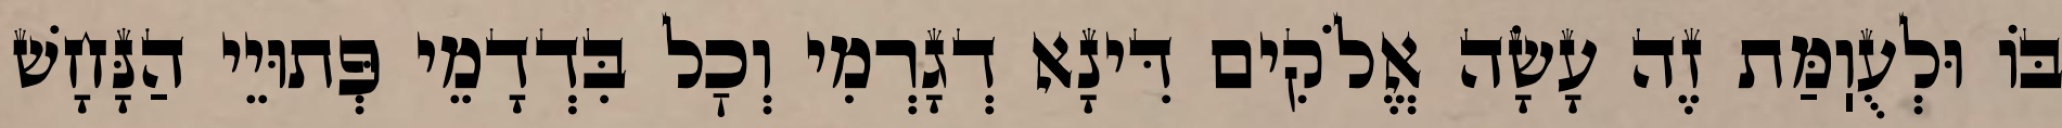
בּוֹ וּלְעֻוֽמַּת זֶה עָשָׂה אֱלֹקִים דִּינָא דְגָרְמִי וְכׇל בִּדְדָמֵי פְּתוּיֵי הַנָּחָשׁ